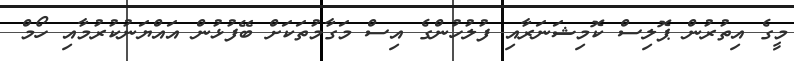
މީގެ އިތުރުން ޕޮލިސް ކޮމިޝަނަރާއި ފުލުހުންގެ އިސް މަގާމުތަކަށް ބޭފުޅުން އައްޔަނުކުރުމާއި ހޯމް